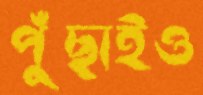
পুঁছাইও